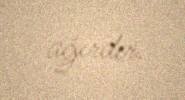
ağırdır.